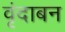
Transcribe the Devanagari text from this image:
वृंदाबन